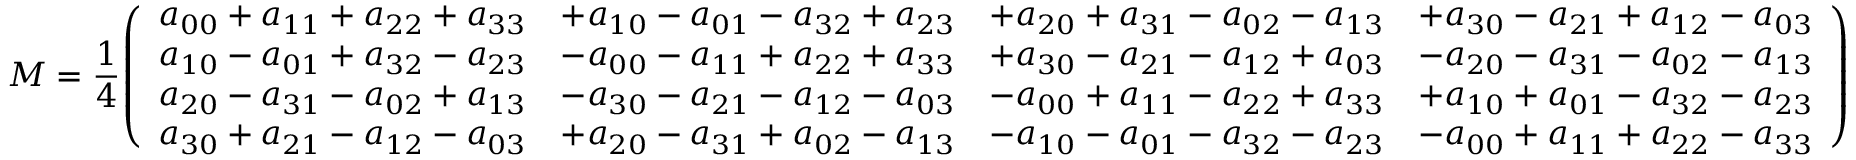
M = { \frac { 1 } { 4 } } { \left( \begin{array} { l l l l } { a _ { 0 0 } + a _ { 1 1 } + a _ { 2 2 } + a _ { 3 3 } } & { + a _ { 1 0 } - a _ { 0 1 } - a _ { 3 2 } + a _ { 2 3 } } & { + a _ { 2 0 } + a _ { 3 1 } - a _ { 0 2 } - a _ { 1 3 } } & { + a _ { 3 0 } - a _ { 2 1 } + a _ { 1 2 } - a _ { 0 3 } } \\ { a _ { 1 0 } - a _ { 0 1 } + a _ { 3 2 } - a _ { 2 3 } } & { - a _ { 0 0 } - a _ { 1 1 } + a _ { 2 2 } + a _ { 3 3 } } & { + a _ { 3 0 } - a _ { 2 1 } - a _ { 1 2 } + a _ { 0 3 } } & { - a _ { 2 0 } - a _ { 3 1 } - a _ { 0 2 } - a _ { 1 3 } } \\ { a _ { 2 0 } - a _ { 3 1 } - a _ { 0 2 } + a _ { 1 3 } } & { - a _ { 3 0 } - a _ { 2 1 } - a _ { 1 2 } - a _ { 0 3 } } & { - a _ { 0 0 } + a _ { 1 1 } - a _ { 2 2 } + a _ { 3 3 } } & { + a _ { 1 0 } + a _ { 0 1 } - a _ { 3 2 } - a _ { 2 3 } } \\ { a _ { 3 0 } + a _ { 2 1 } - a _ { 1 2 } - a _ { 0 3 } } & { + a _ { 2 0 } - a _ { 3 1 } + a _ { 0 2 } - a _ { 1 3 } } & { - a _ { 1 0 } - a _ { 0 1 } - a _ { 3 2 } - a _ { 2 3 } } & { - a _ { 0 0 } + a _ { 1 1 } + a _ { 2 2 } - a _ { 3 3 } } \end{array} \right) }